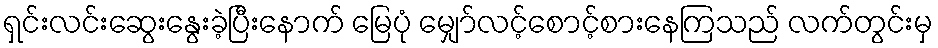
ရှင်းလင်းဆွေးနွေးခဲ့ပြီးနောက် မြေပုံ မျှော်လင့်စောင့်စားနေကြသည် လက်တွင်းမှ